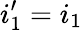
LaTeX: i_{1}^{\prime}=i_{1}